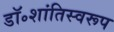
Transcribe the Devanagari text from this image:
डॉ॰शांतिस्वरूप